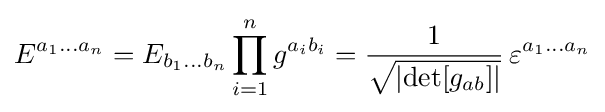
E^{a_{1}\dots a_{n}}=E_{b_{1}\dots b_{n}}\prod _{i=1}^{n}g^{a_{i}b_{i}}={\frac {1}{\sqrt {\left|\det[g_{ab}]\right|}}}\,\varepsilon ^{a_{1}\dots a_{n}}